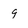
Character: 9